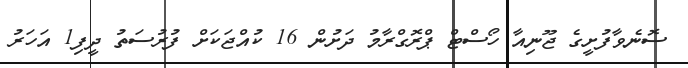
ސޮނެވާފުށީގެ ޖޫނިއާ ހޯސްޓް ޕްރޮގްރާމު ދަށުން 16 ކުއްޖަކަށް ފުރުސަތު ދީފި1 އަހަރު